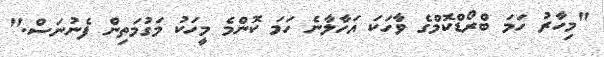
"މިހާރު ހަމަ ބްރޯޑްކޮމްގެ ވާހަކަ އަހާލާނެ ހަމަ ކޮންމެ މީހަކު މަގުމަތިން ފެނުނަސް."